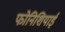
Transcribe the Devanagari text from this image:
फोनिशियाई